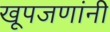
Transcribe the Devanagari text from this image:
खूपजणांनी